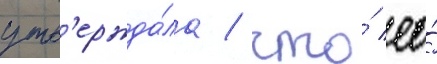
утв'ержда́ла / что́ ео́